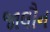
જાલૌન